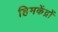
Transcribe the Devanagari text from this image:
हिमकेंद्रों